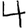
Digit: 4